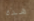
هذه